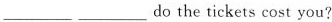
___ ___do the tickets cost you?